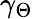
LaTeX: \gamma_{\Theta}